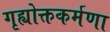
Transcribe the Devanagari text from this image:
गृह्योक्तकर्मणा